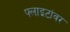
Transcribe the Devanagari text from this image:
फ्लाइटांवर